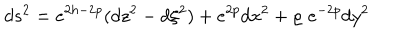
d s ^ { 2 } = e ^ { 2 h - 2 p } ( d z ^ { 2 } - d \xi ^ { 2 } ) + e ^ { 2 p } d x ^ { 2 } + \varrho \, \, e ^ { - 2 p } d y ^ { 2 }